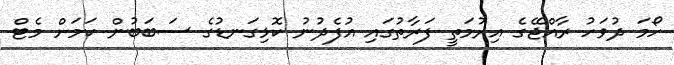
ހޯމަ ދުވަހު ރާއްޖޭގެ އިރުމަތީ ފަރާތުގައި އުފެދުނު ކޮޅިގަނޑުގެ ސަބަބުން ކަމަށް މެޓް